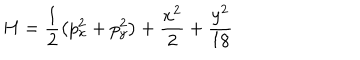
LaTeX: H = \frac { 1 } { 2 } \left( p _ { x } ^ { 2 } + p _ { y } ^ { 2 } \right) + \frac { x ^ { 2 } } { 2 } + \frac { y ^ { 2 } } { 1 8 }